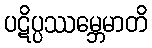
ပဋိပ္ပဿမ္ဘေမာတိ